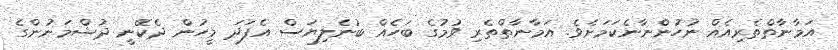
އަމާނާތްތެރިއެއް ނުހުންނާނެކަމަށެވެ. އަމާނާތްތެރި ވުމުގެ ބަހެއް ބުނެލިޔަސް އެފަދަ މީހުން ދެކޭނީ ދުޝްމަނުންގެ